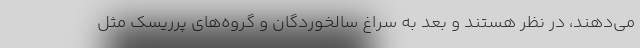
می‌دهند، در نظر هستند و بعد به سراغ سالخوردگان و گروه‌های پرریسک مثل